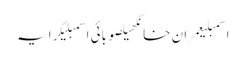
اسمبلیعمران خانکھیلصوبائی اسمبلیکرایہ